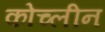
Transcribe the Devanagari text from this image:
कोच्लीन